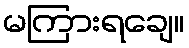
မကြားရချေ။